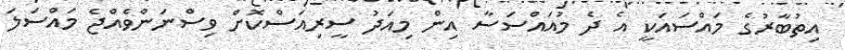
އިތުބާރުގެ މައްސައަކީ އެ ދެ މުއައްސަސާ އިން މިއަދު ސީރިއަސްކޮށް ވިސްނަންވެއްޖެ މައްސަލަ